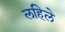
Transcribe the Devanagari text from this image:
लहिले